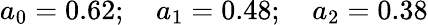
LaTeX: a_{0}=0.62;\quad a_{1}=0.48;\quad a_{2}=0.38